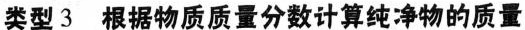
类型3 根据物质质量分数计算纯净物的质量